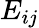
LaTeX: E_{ij}